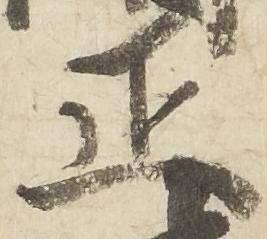
正